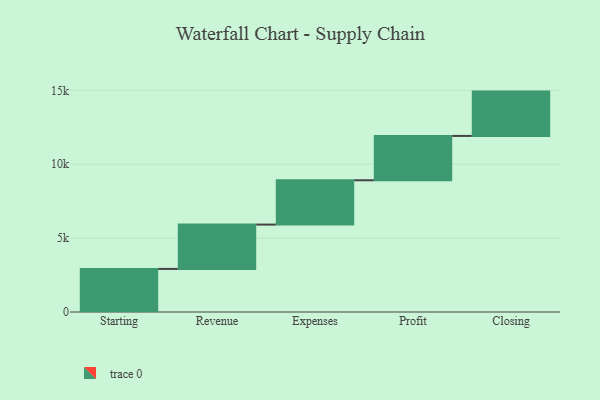
{"axis": {"x": "Step", "y": "Value"}, "legend": [""], "data": [{"x": "Starting", "y": 2915.0, "type": ""}, {"x": "Revenue", "y": 3000, "type": ""}, {"x": "Expenses", "y": 3000, "type": ""}, {"x": "Profit", "y": 3000, "type": ""}, {"x": "Closing", "y": 3000, "type": ""}]}